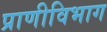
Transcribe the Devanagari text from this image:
प्राणीविभाग